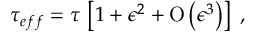
\tau _ { e f f } = \tau \, \left[ 1 + \epsilon ^ { 2 } + \mathrm { O } \left( \epsilon ^ { 3 } \right) \right] ~ ,